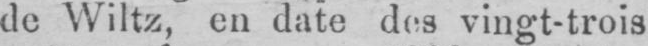
de Wiltz, en date des vingt-trois